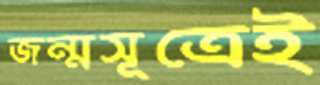
জন্মসূত্রেই